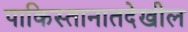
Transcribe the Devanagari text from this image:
पाकिस्तानातदेखील